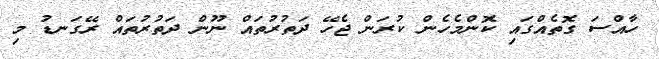
ހާއްސަ ގޮތެއްގައި ކޮންމެހެން ކުރަން ޖެހޭ ދަތުރުތައް ނޫން ދަތުރުތައް ރޭގަނޑު މި